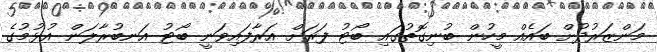
މަންޒަރުދުށް ބައެއް މީހުން ބުނިގޮތުގައި ބޯޓު ފަރަށް އަރާފައިވަނީ ބޯޓު އަނބުރާލަން އުޅުމުގެ